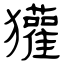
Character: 獾